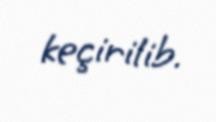
keçirilib.